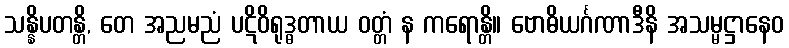
သန္နိပတန္တိ, တေ အညမညံ ပဋိဝိရုဒ္ဓတာယ ဝတ္တံ န ကရောန္တိ။ ဗောဓိယင်္ဂဏာဒီနိ အသမ္မဋ္ဌာနေဝ